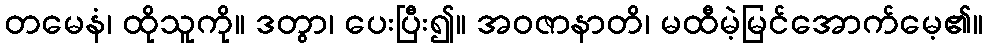
တမေနံ၊ ထိုသူကို။ ဒတွာ၊ ပေးပြီး၍။ အဝဇာနာတိ၊ မထီမဲ့မြင်အောက်မေ့၏။